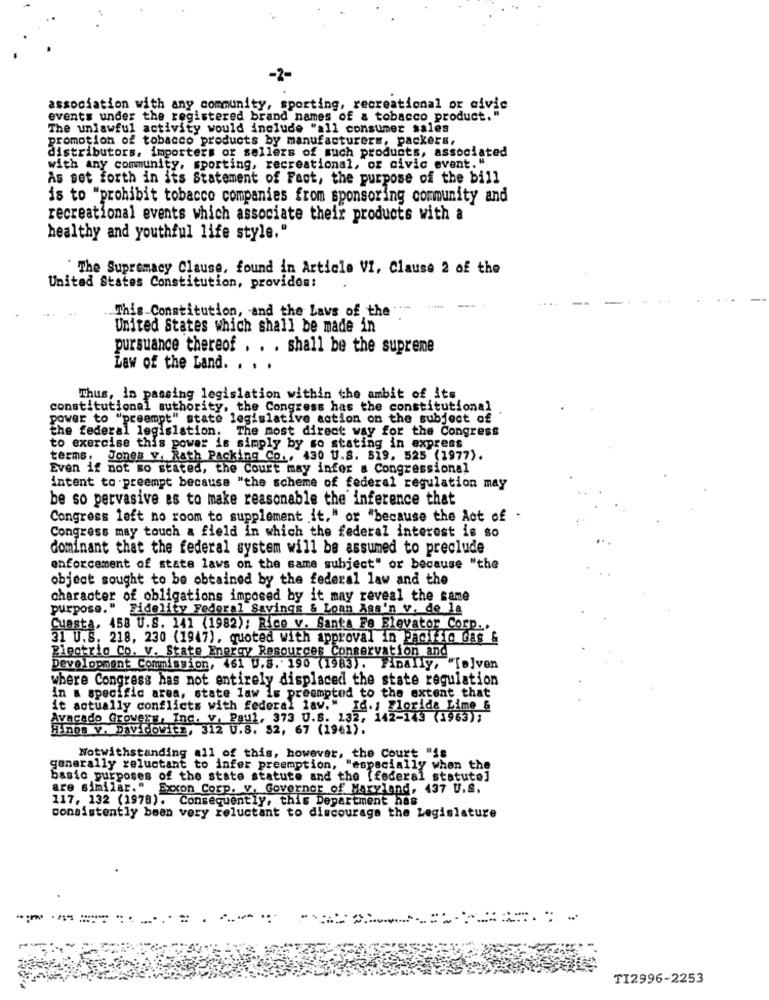
-2-
association with any community, sporting, recreational or civic
events under the registered brand names of a tobacco product."
The unlawful activity would include "all consumer sales
promotion of tobacco products by manufacturers, packers,
distributors, importers or sellers of such products, associated
with any community, sporting, recreational, or civic event."
As set forth in its Statement of Fact, the purpose of the bill
is to "prohibit tobacco companies from sponsoring community and
recreational events which associate their products with a
healthy and youthful life style."
The Supremacy Clause, found in Article VI, Clause 2 of the
United States Constitution, provides:
This Constitution, and the Laws of the
United States which shall be made in
pursuance thereof . . . shall be the supreme
Law of the Land. . . .
Thus, In passing legislation within the ambit of its
constitutional authority, the Congress has the constitutional
power to "preempt" state legislative action on the subject of
the federal legislation. The most direct way for the Congress
to exercise this power is simply by so stating in express
terms. Jones y. Rath Packing Co ., 430 U.S. 519, 525 (1977).
Even if not so stated, the court may infer a Congressional
intent to preempt because "the scheme of federal regulation may
be so pervasive as to make reasonable the inference that
Congress left no room to supplement it," or "because the Act of
Congress may touch & field in which the federal interest is so
dominant that the federal system will be assumed to preclude
enforcement of state laws on the same subject" or because "the
object sought to be obtained by the federal law and the
character of obligations imposed by it may reveal the same
purpose." Fidelity Federal Savings & Loan Ass'n v. de la
Cuesta, 458 U.S. 141 (1982); Rice v. Santa Fe Elevator Corp ..
31 U.S. 218, 230 (1947), quoted with approval in Pacific Gas &
Electric Co. V. State Energy Resources Conservation and
Development Commission, 461 U.S. 190 (1983). Finally, "[a]ven
where Congress has not entirely displaced the state regulation
in a specific area, state law is preempted to the extent that
it actually conflicts with federal law."
".Id. , Florida Lime &
Avacado Growers, Inc. v. Paul, 373 U.S. 132, 142-143 (1963);
Hinos V. DavidoVAEs, 312 U.S. 52, 67 (1941).
Notwithstanding all of this, however, the Court "is
generally reluctant to infer preemption, "especially when the
basic purposes of the state statute and the (federal statute]
are similar." Exxon Corp. v. Governor of Maryland, 437 U.S.
117, 132 (1978). Consequently, this Department has
consistently been very reluctant to discourage the Legislature
.....
TI2996-2253